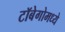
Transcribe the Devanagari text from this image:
टॉबेगोमध्ये